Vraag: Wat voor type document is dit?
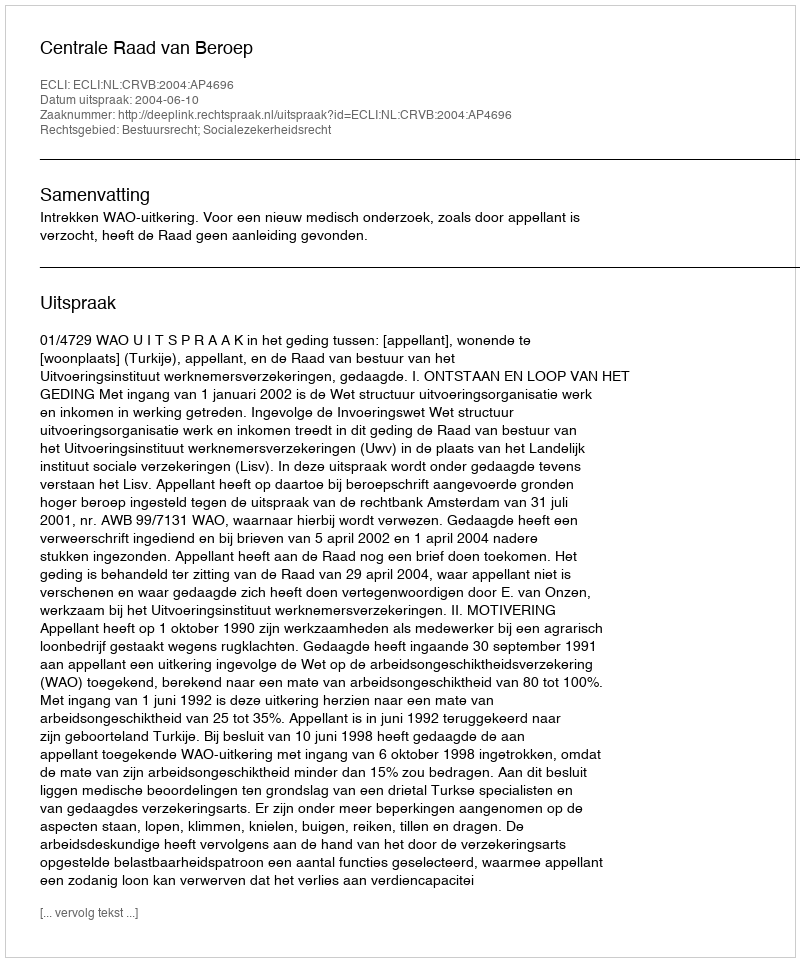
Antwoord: Uitspraak